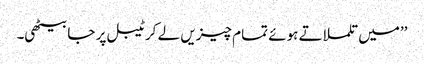
’’میں تلملاتے ہوئے تمام چیزیں لے کر ٹیبل پر جا بیٹھی۔